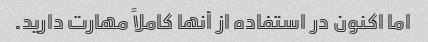
اما اکنون در استفاده از آنها کاملاً مهارت دارید.